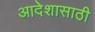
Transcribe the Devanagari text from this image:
आदेशासाठी